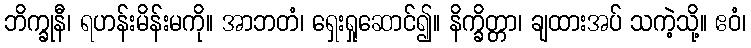
ဘိက္ခုနီ၊ ရဟန်းမိန်းမကို။ အာဘတံ၊ ရှေးရှုဆောင်၍။ နိက္ခိတ္တာ၊ ချထားအပ် သကဲ့သို့။ ဧဝံ၊